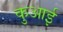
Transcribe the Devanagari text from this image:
कुआई